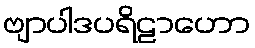
ဗျာပါဒပရိဠာဟော